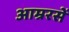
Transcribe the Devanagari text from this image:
आम्ररसें